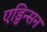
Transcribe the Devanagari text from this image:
एड्विन्सन